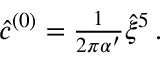
{ \hat { c } } ^ { ( 0 ) } = { \textstyle \frac { 1 } { 2 \pi \alpha ^ { \prime } } } \hat { \xi } ^ { 5 } \, .